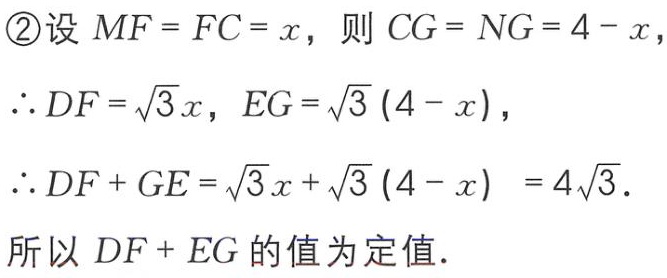
\textcircled{2}设 \(MF = FC = x\)，则 \(CG = NG = 4 - x\)，
\(\therefore DF=\sqrt{3}x\)，\(EG=\sqrt{3}(4 - x)\)，
\(\therefore DF + GE=\sqrt{3}x+\sqrt{3}(4 - x)=4\sqrt{3}\).
所以 \(DF + EG\) 的值为定值.